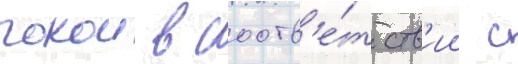
покои в соотв'е́тств'ии с